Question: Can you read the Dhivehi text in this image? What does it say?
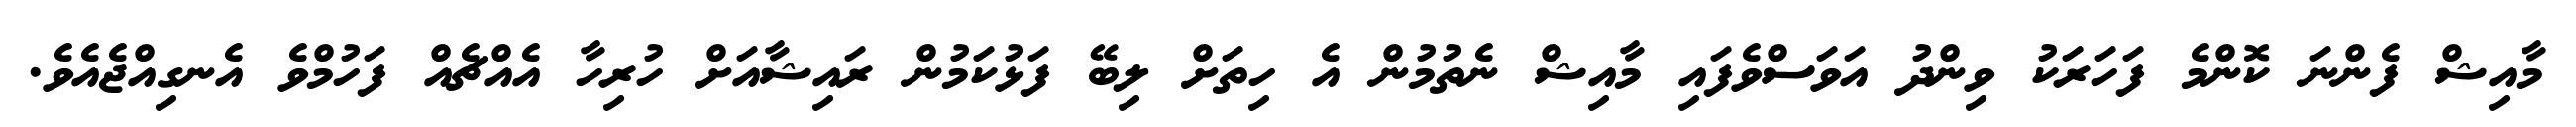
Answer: މާއިޝް ފެންނަ ކޮންމެ ފަހަރަކު ވިންދު އަވަސްވެފައި މާއިޝް ނެތުމުން އެ ހިތަށް ލިބޭ ފަޅުކަމުން ރައިޝާއަށް ހުރިހާ އެއްޗެއް ފަހުމްވެ އެނގިއްޖެއެވެ.